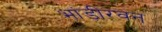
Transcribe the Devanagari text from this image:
भांड़ीरवन